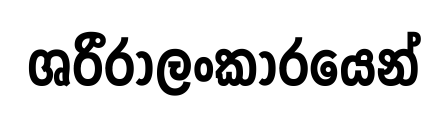
ශරීරාලංකාරයෙන්